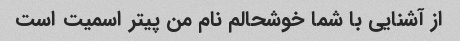
از آشنایی با شما خوشحالم نام من پیتر اسمیت است